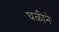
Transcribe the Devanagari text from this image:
घळीने